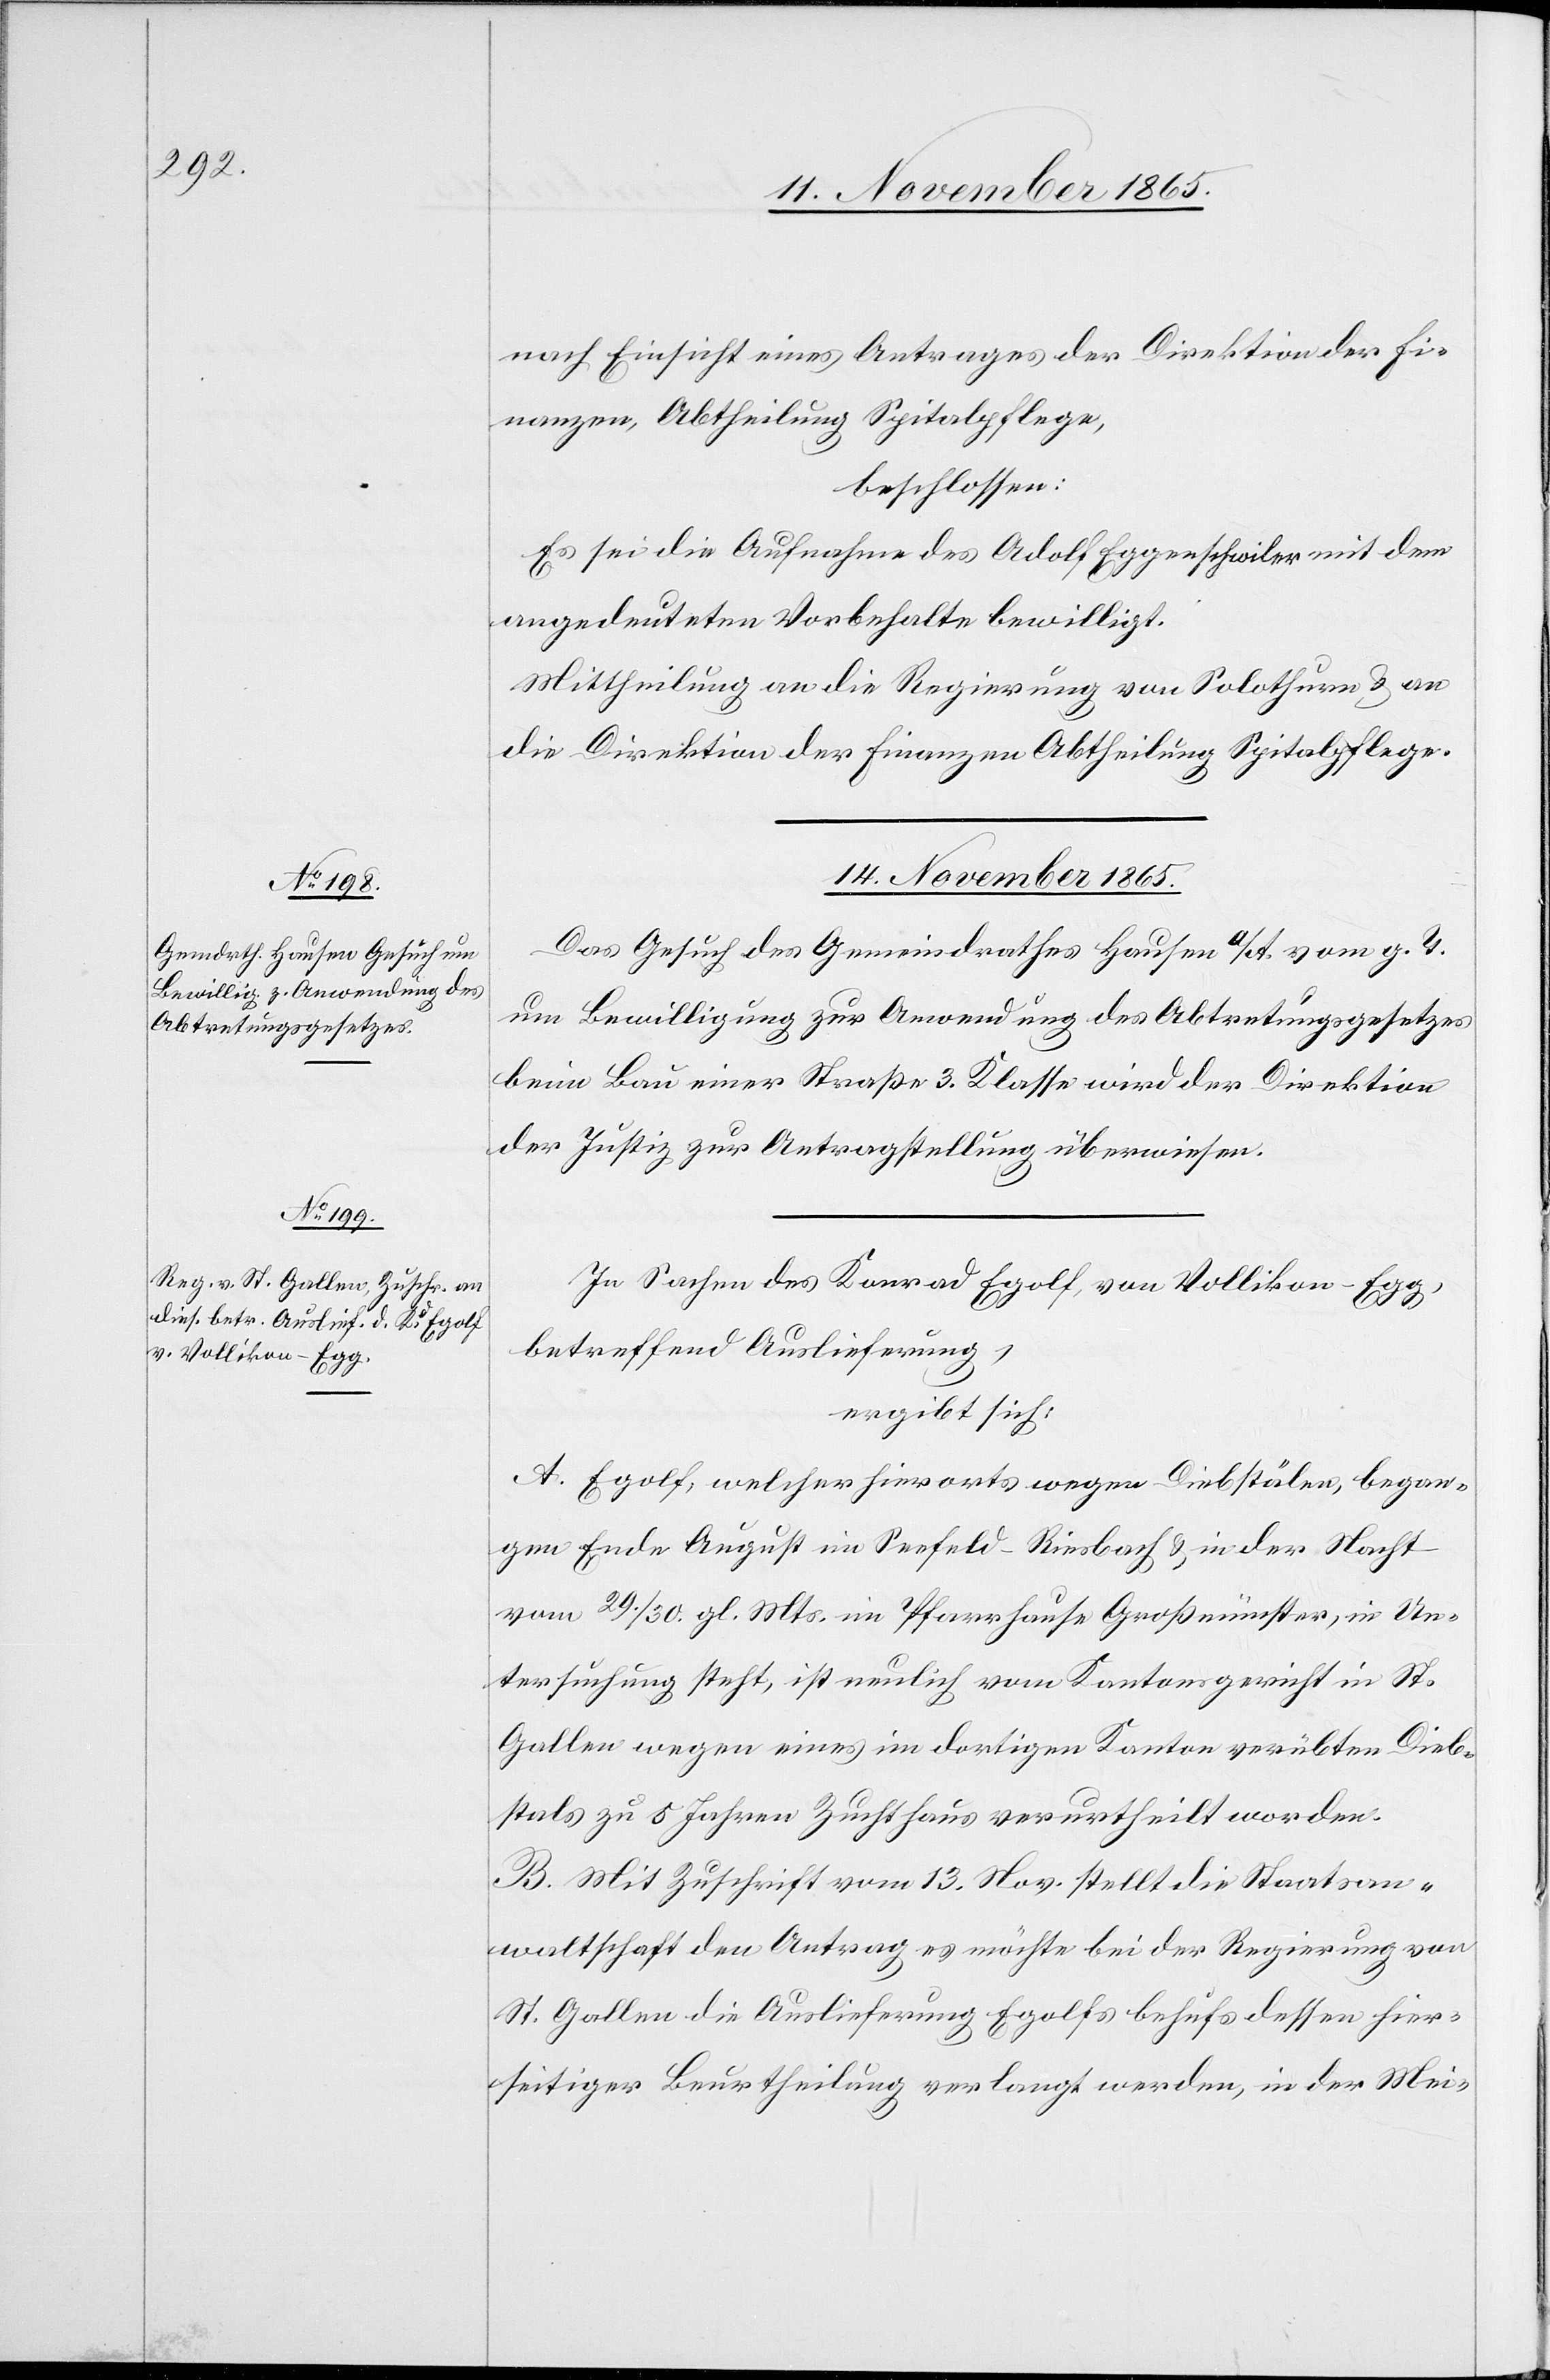
14. November 1865.]
nach Einsicht eines Antrages der Direktion der Fi¬
nanzen, Abtheilung Spitalpflege,
beschlossen:
Es sei die Aufnahme des Adolf Eggenschwiler [sic!] mit dem
angedeuteten Vorbehalte bewilligt.
Mittheilung an die Regierung von Solothurn & an
die Direktion der Finanzen Abtheilung Spitalpflege.
14. November 1865.
Das Gesuch des Gemeindrathes Hausen a/A. vom g. T.
um Bewilligung zur Anwendung des Abtretungsgesetzes
beim Bau einer Straße 3. Klasse wird der Direktion
der Justiz zur Antragstellung überwiesen.
In Sachen des Konrad Eglof von Vollikon - Egg,
betreffend Auslieferung,
ergibt sich:
A. Eglof, welcher hierorts wegen Diebstälen, began¬
gen Ende August im Seefeld - Riesbach & in der Nacht
vom 29./30. gl. Mts. im Pfarrhause Großmünster, in Un¬
tersuchung steht, ist neulich vom Kantonsgericht in St.
Gallen wegen eines im dortigen Kanton verübten Dieb¬
stals zu 5 Jahren Zuchthaus verurtheilt worden.
B. Mit Zuschrift vom 13. Nov. stellt die Staatsan¬
waltschaft den Antrag es möchte bei der Regierung von
St. Gallen die Auslieferung Eglofs behufs dessen hier¬
seitiger Beurtheilung verlangt werden, in der Mei-